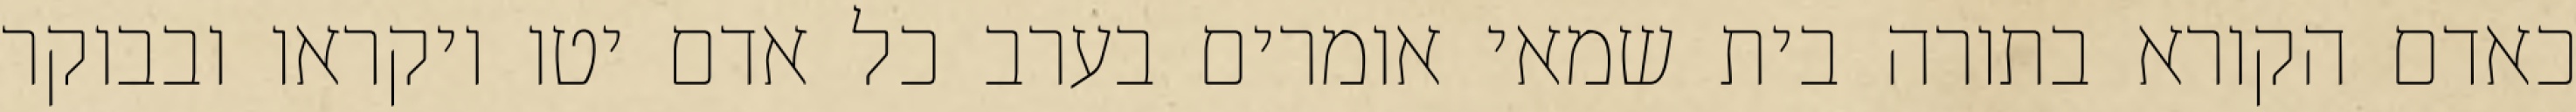
כאדם הקורא בתורה בית שמאי אומרים בערב כל אדם יטו ויקראו ובבוקר